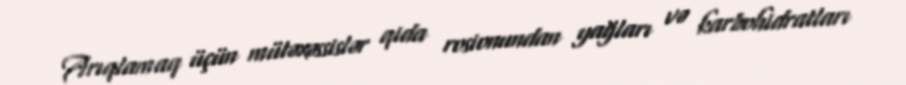
Arıqlamaq üçün mütəxəssislər qida rosionundan yağları və karbohidratları